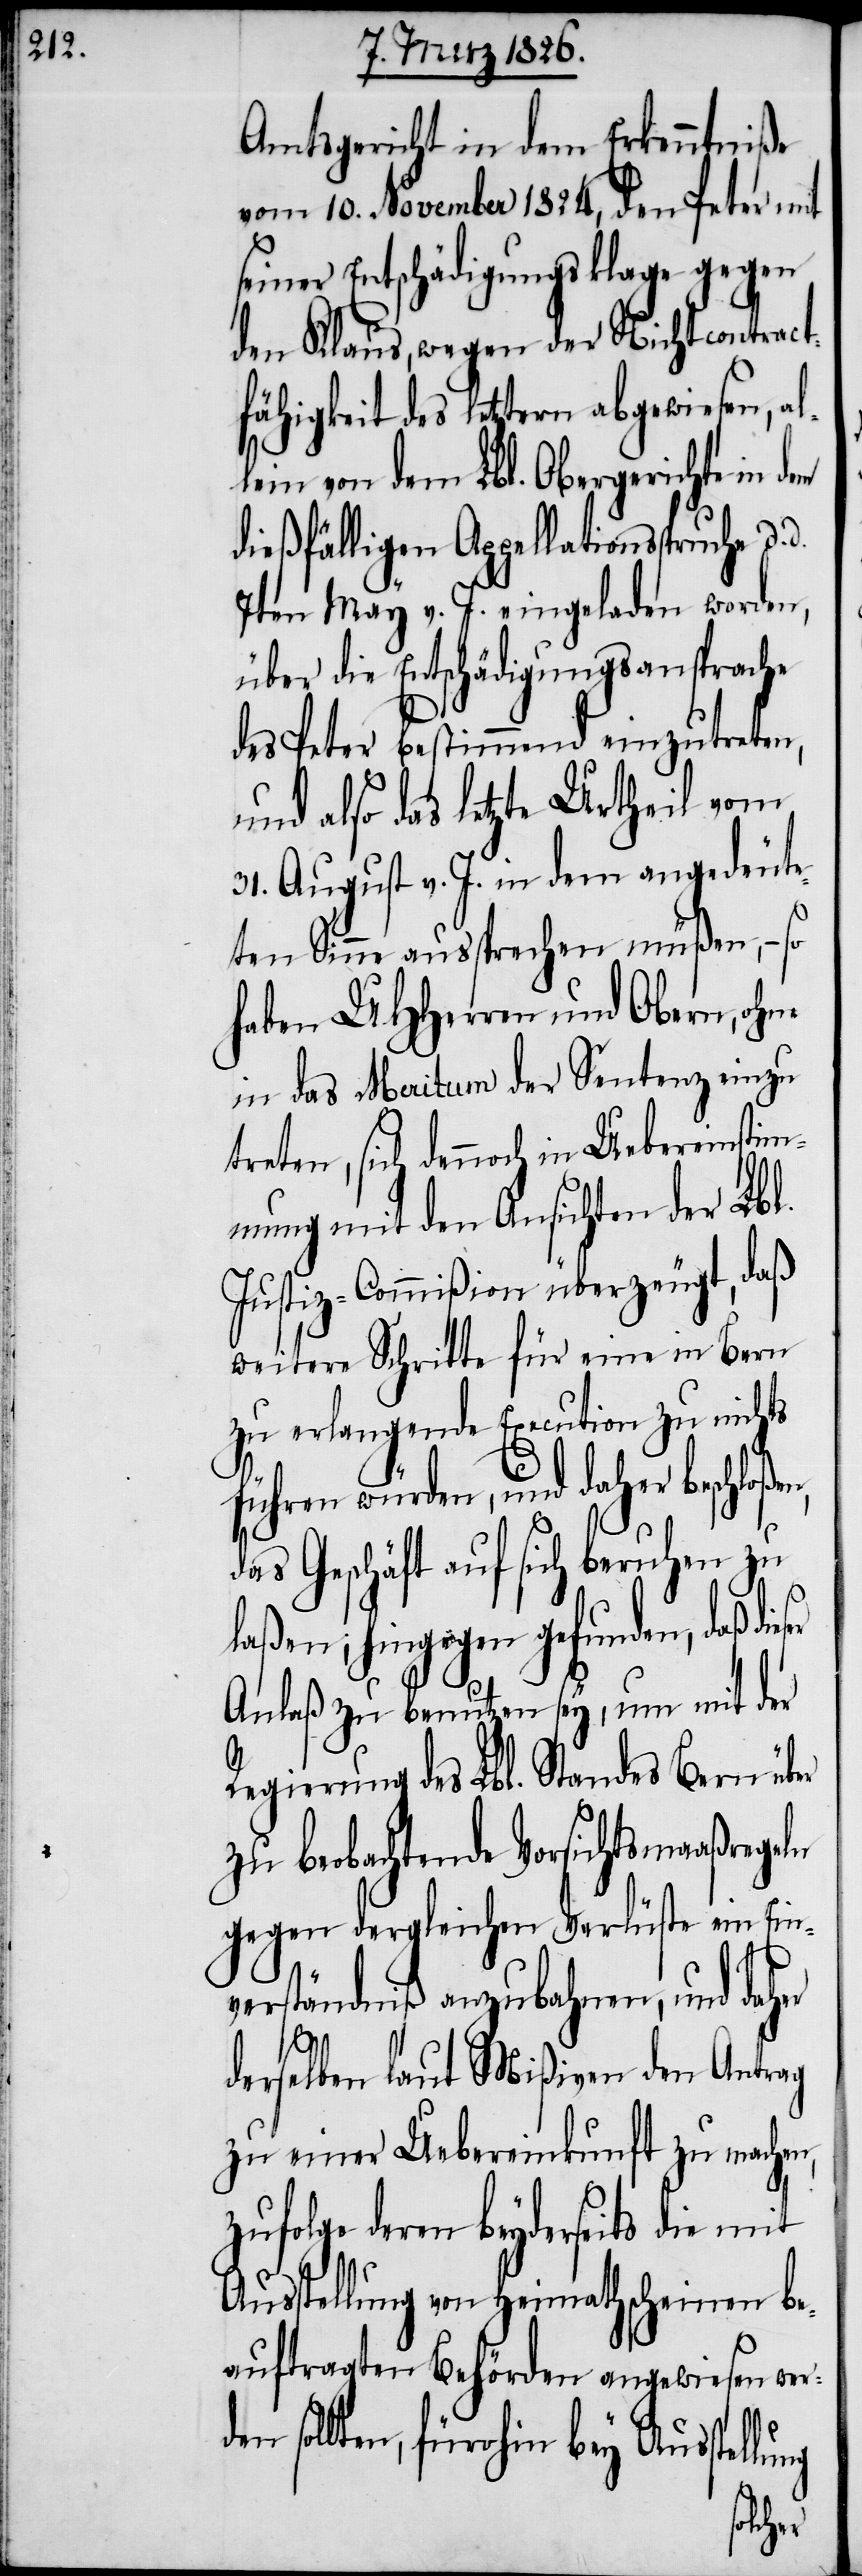
Amtsgericht in dem Erkenntniße
vom 10. November 1824, den Peter mit
seiner Entschädigungsklage gegen
den Klaus, wegen der Nichtcontract¬
fähigkeit des letztern abgewiesen, al¬
lein von dem Lbl. Obergerichte in
dießfälligen Appellationsspruche d.
7ten May v. J. eingeladen worden,
über die Entschädigungsansprache
des Peter bestimmend einzutreten,
und also das letzte Urtheil vom
31. August v. J. in dem angedeute¬
ten Sinne aussprechen müßen, – so
haben UHHerren und Obern, ohne
in das Meritum der Sentenz einzu¬
treten, sich dennoch in Uebereinstim¬
mung mit den Ansichten der Lbl.
Justiz-Commißion überzeugt, daß
weitere Schritte für eine in Bern
zu erlangende Execution zu nichts
führen würden, und daher beschlo¬
das Geschäft auf sich beruhen zu
lung
laßen; hingegen gefunden, daß dieser
Anlaß zu benutzen sey, um mit der
Regierung des Lbl. Standes Bern über
zu beobachtende Vorsichtsmaaßregeln
gegen dergleichen Verlüste ein Ein¬
verständniß anzubahnen, und daher
derselben laut Mißiven den Antrag
zu einer Uebereinkunft zu machen,
zufolge deren beyderseits die mit
Ausstellung von Heimathscheinen be¬
auftragten Behörden angewiesen wer¬
sollten, fürohin bey Ausstel¬